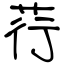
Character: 荇